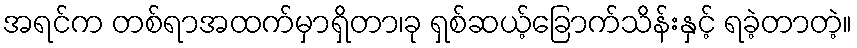
အရင်က တစ်ရာအထက်မှာရှိတာ၊ခု ရှစ်ဆယ့်ခြောက်သိန်းနှင့် ရခဲ့တာတဲ့။